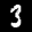
Label: 3